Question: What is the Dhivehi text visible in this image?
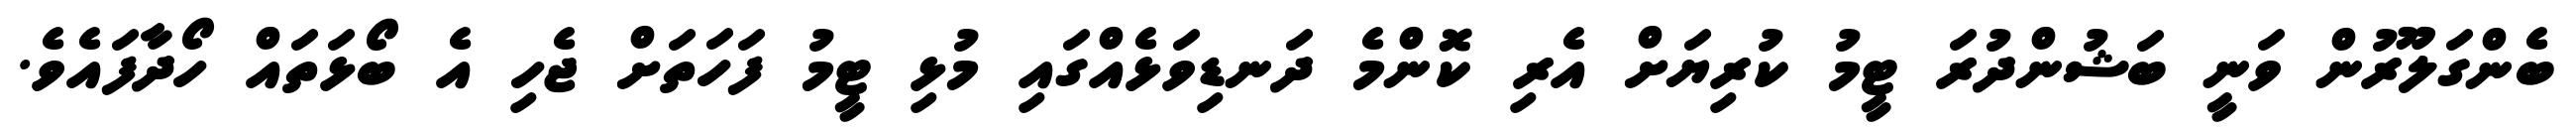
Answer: ބެންގަލޫރުން ވަނީ ބަޝުންދުރަ ޓީމު ކުރިޔަށް އެރި ކޮންމެ ދަނޑިވަޅެއްގައި މުޅި ޓީމު ފަހަތަށް ޖެހި އެ ބޯޅަތައް ހޯދާފައެވެ.